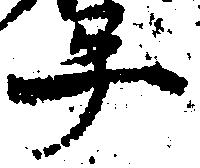
畢